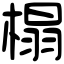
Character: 榻